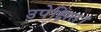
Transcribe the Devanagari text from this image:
उपेक्षित।